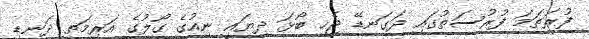
ފުރަތަމަ ފުރުސަތުގައި ދަގަނޑޭ ޖެހި ބޯޅަ ދިޔައީ ނިއުގެ ގޯލުގެ އަރިމަތީ ދަނޑި